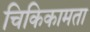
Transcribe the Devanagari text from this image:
चिकिकामता